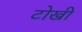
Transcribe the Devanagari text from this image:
टोखी